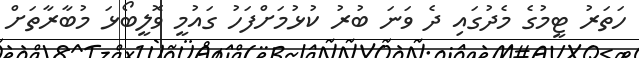
ހަތަރު ޓީމުގެ މެދުގައި ދެ ވަނަ ބުރު ކުޅުމަށްފަހު ގައުމީ ވޮލީބޯޅަ މުބާރާތަށް